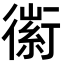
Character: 𧗼